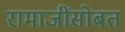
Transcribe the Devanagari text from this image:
रामाजींसोबत